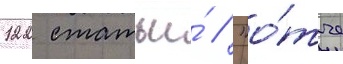
122 статьи́ // "о́тче